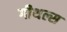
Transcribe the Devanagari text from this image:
गीथल्स